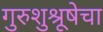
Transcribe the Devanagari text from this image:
गुरुशुश्रूषेचा